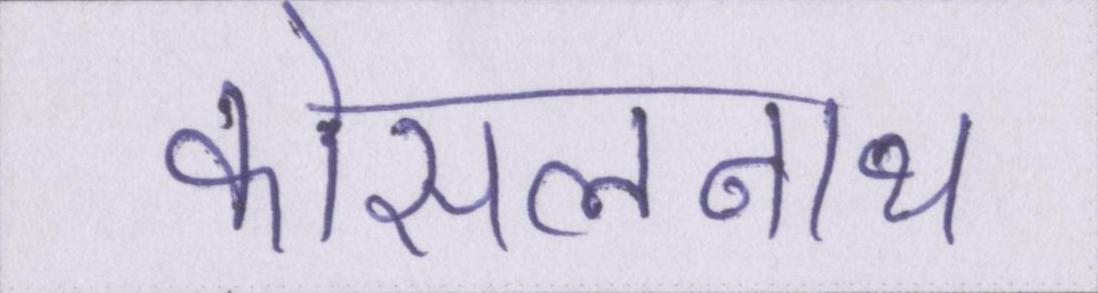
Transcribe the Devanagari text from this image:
कोसलनाथ